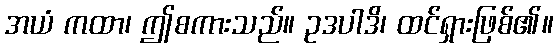
အယံ ကထာ၊ ဤစကားသည်။ ဥဒပါဒိ၊ ထင်ရှားဖြစ်၏။